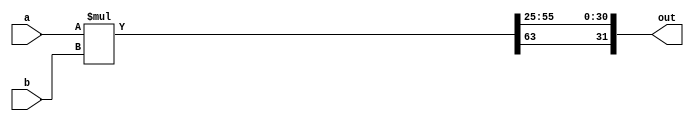
`timescale 1ns / 1ps


module signed_mult(a , b , out);

    output [31:0] out;
    input signed [31:0] a;
    input signed [31:0] b;
    
    
    wire signed [63:0] mult_out;
    
    assign mult_out = a*b;
    
    assign out  = {mult_out[63] , mult_out[55:25]};
    
endmodule